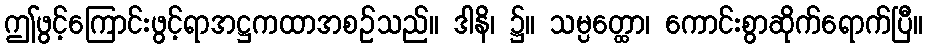
ဤဖွင့်ကြောင်းဖွင့်ရာအဋ္ဌကထာအစဉ်သည်။ ဒါနိ၊ ၌။ သမ္ပတ္ထော၊ ကောင်းစွာဆိုက်ရောက်ပြီ။